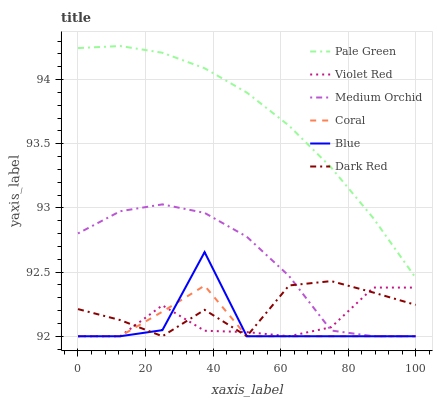
| xaxis_label | Pale Green | Violet Red | Medium Orchid | Coral | Blue | Dark Red |
 | --- | --- | --- | --- | --- | --- | --- |
 | 0 | 94.2 | 92 | 92.8 | 92 | 92 | 92.2 |
 | 12.5 | 94.3 | 92 | 93 | 92 | 92 | 92.1 |
 | 25 | 94.2 | 92.2 | 93 | 92.2 | 92 | 92 |
 | 37.5 | 94.1 | 92 | 93 | 92.4 | 92.7 | 92.2 |
 | 50 | 93.9 | 92 | 92.8 | 92 | 92 | 92 |
 | 62.5 | 93.6 | 92 | 92.5 | 92 | 92 | 92.4 |
 | 75 | 93.3 | 92.1 | 92 | 92 | 92 | 92.4 |
 | 87.5 | 92.9 | 92.4 | 92 | 92 | 92 | 92.3 |
 | 100 | 92.5 | 92.4 | 92 | 92 | 92 | 92.2 |